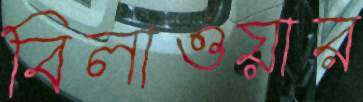
বিলাওয়ার